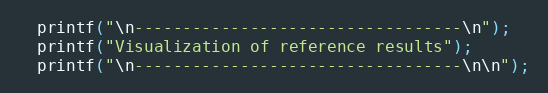
Language: C
  printf("\n----------------------------------\n");
  printf("Visualization of reference results");
  printf("\n----------------------------------\n\n");